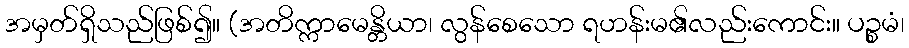
အမှတ်ရှိသည်ဖြစ်၍။ (အတိက္ကာမေန္တိယာ၊ လွန်စေသော ရဟန်းမ၏လည်းကောင်း။ ပဉ္စမံ၊